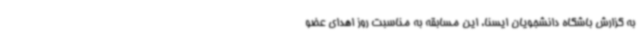
به گزارش باشگاه دانشجویان ایسنا، این مسابقه به مناسبت روز اهدای عضو